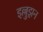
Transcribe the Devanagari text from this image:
इल्लुझ़न